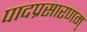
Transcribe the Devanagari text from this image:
पादप्रसारणम्